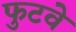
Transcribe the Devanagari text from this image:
फुटवे